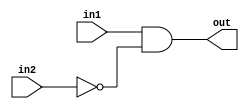
module top_module (
    input in1,
    input in2,
    output out);

    and AND1(out, in1, ~in2);

endmodule